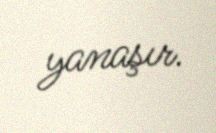
yanaşır.